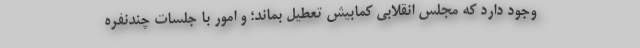
وجود دارد که مجلس انقلابی کمابیش تعطیل بماند؛ و امور با جلسات چندنفره